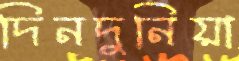
দিনদুনিয়া